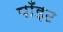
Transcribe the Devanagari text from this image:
पाँइट